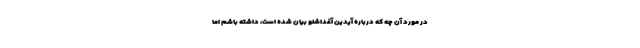
در مورد آن چه که درباره آیدین آغداشلو بیان شده است، داشته باشم اما